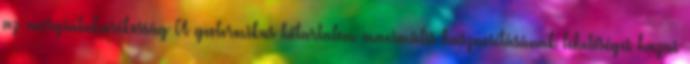
az energiatakarékosság A geotermikus hőtartalom maximális hasznosításának lehetőségei hazai